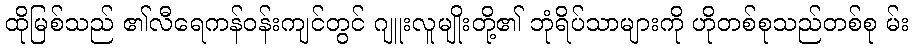
ထိုမြစ်သည် ၏လီရေကန်ဝန်းကျင်တွင် ဂျူးလူမျိုးတို့၏ ဘုံရိပ်သာများကို ဟိုတစ်စုသည်တစ်စု မ်း